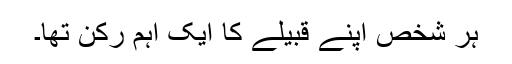
ہر شخص اپنے قبیلے کا ایک اہم رکن تھا۔